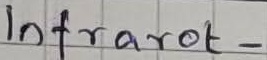
Text: Infrarot-